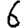
Digit: 6